Vaccination United Provinces of Agra and Oudh 1914-1922 - 1914-1922
Year: 1914
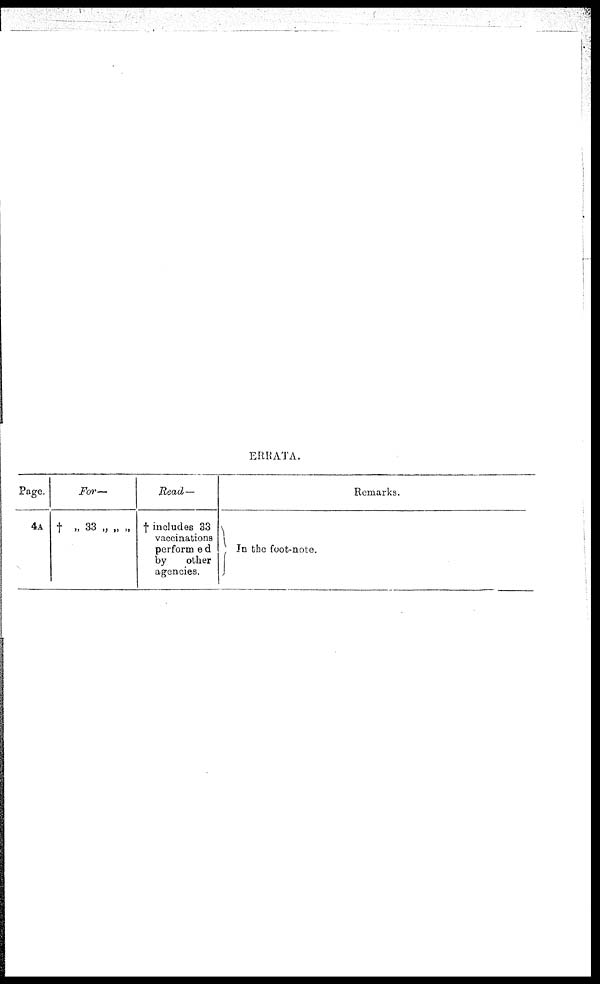
ERRATA.
Page.
4A
For—
† „ 33 „ „ „
Read —
† includes 33
vaccinations
performed
by
other
agencies.
In the foot-note.
Remarks.